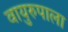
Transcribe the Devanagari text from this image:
वायुरुपाला